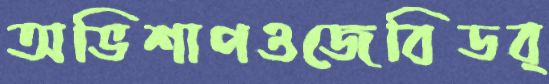
অভিশাপওজেবিডব্